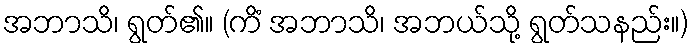
အဘာသိ၊ ရွတ်၏။ (ကိံ အဘာသိ၊ အဘယ်သို့ ရွတ်သနည်း။)